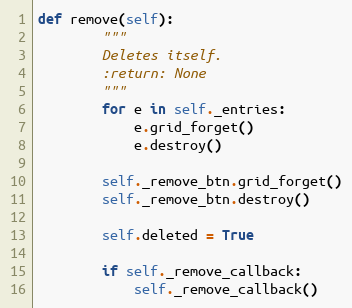
Language: Python
def remove(self):
        """
        Deletes itself.
        :return: None
        """
        for e in self._entries:
            e.grid_forget()
            e.destroy()

        self._remove_btn.grid_forget()
        self._remove_btn.destroy()

        self.deleted = True

        if self._remove_callback:
            self._remove_callback()